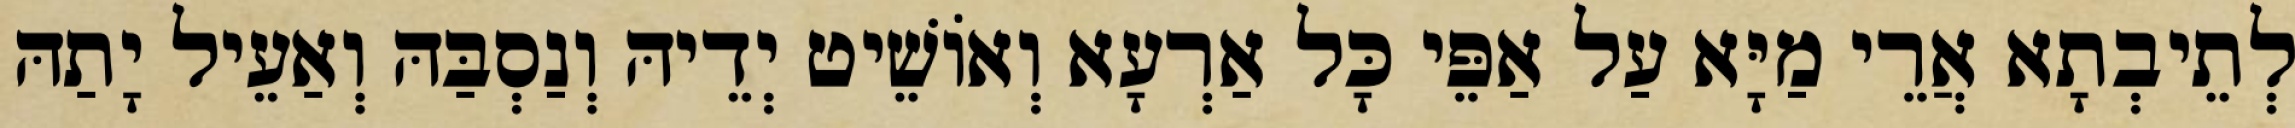
לְתֵיבְתָא אֲרֵי מַיָּא עַל אַפֵּי כָּל אַרְעָא וְאוֹשֵׁיט יְדֵיהּ וְנַסְבַּהּ וְאַעֵיל יָתַהּ